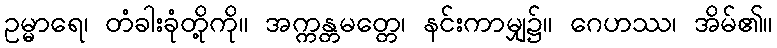
ဥမ္မာရေ၊ တံခါးခုံတို့ကို။ အက္ကန္တမတ္တေ၊ နင်းကာမျှ၌။ ဂေဟဿ၊ အိမ်၏။